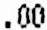
.00